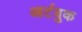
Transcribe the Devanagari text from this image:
आर्टबुक